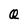
Character: Q